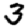
Digit: 3